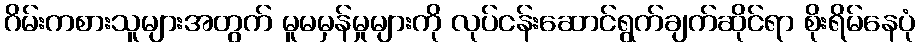
ဂိမ်းကစားသူများအတွက် မူမမှန်မှုများကို လုပ်ငန်းဆောင်ရွက်ချက်ဆိုင်ရာ စိုးရိမ်နေပုံ